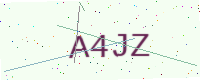
Text: A4JZ